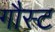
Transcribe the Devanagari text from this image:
गौस्ट